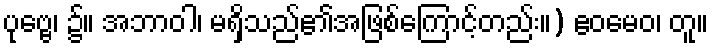
ပုဗ္ဗေ၊ ၌။ အဘာဝါ၊ မရှိသည်၏အဖြစ်ကြောင့်တည်း။) ဧဝမေဝ၊ တူ။